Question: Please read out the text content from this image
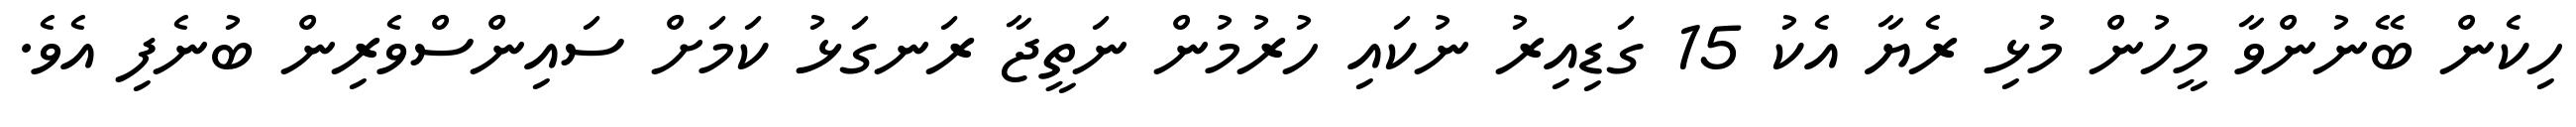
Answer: ހިކެން ބޭނުންވާ މީހުން މުޅި ރެޔާ އެކު 15 ގަޑިއިރު ނުކައި ހުރުމުން ނަތީޖާ ރަނގަޅު ކަމަށް ސައިންސްވެރިން ބުނެފި އެވެ.